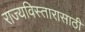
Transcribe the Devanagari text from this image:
राज्यविस्तारासाठी